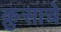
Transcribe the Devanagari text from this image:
क्रुसाचे